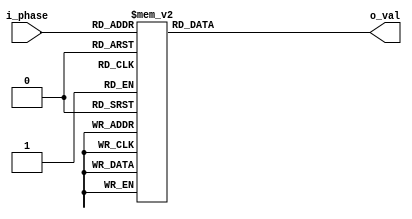
module quarter_sine_lut(input[8:0] i_phase,
								output reg signed[15:0] o_val);
        initial o_val = 16'b0;

		always @(i_phase) begin
			case(i_phase)
                9'h000 	:	o_val <= 16'b0000000000110010;
                9'h001 	:	o_val <= 16'b0000000010010110;
                9'h002 	:	o_val <= 16'b0000000011111011;
                9'h003 	:	o_val <= 16'b0000000101011111;
                9'h004 	:	o_val <= 16'b0000000111000100;
                9'h005 	:	o_val <= 16'b0000001000101000;
                9'h006 	:	o_val <= 16'b0000001010001101;
                9'h007 	:	o_val <= 16'b0000001011110001;
                9'h008 	:	o_val <= 16'b0000001101010110;
                9'h009 	:	o_val <= 16'b0000001110111010;
                9'h00a 	:	o_val <= 16'b0000010000011111;
                9'h00b 	:	o_val <= 16'b0000010010000011;
                9'h00c 	:	o_val <= 16'b0000010011101000;
                9'h00d 	:	o_val <= 16'b0000010101001100;
                9'h00e 	:	o_val <= 16'b0000010110110001;
                9'h00f 	:	o_val <= 16'b0000011000010101;
                9'h010 	:	o_val <= 16'b0000011001111010;
                9'h011 	:	o_val <= 16'b0000011011011110;
                9'h012 	:	o_val <= 16'b0000011101000010;
                9'h013 	:	o_val <= 16'b0000011110100111;
                9'h014 	:	o_val <= 16'b0000100000001011;
                9'h015 	:	o_val <= 16'b0000100001101111;
                9'h016 	:	o_val <= 16'b0000100011010100;
                9'h017 	:	o_val <= 16'b0000100100111000;
                9'h018 	:	o_val <= 16'b0000100110011100;
                9'h019 	:	o_val <= 16'b0000101000000000;
                9'h01a 	:	o_val <= 16'b0000101001100101;
                9'h01b 	:	o_val <= 16'b0000101011001001;
                9'h01c 	:	o_val <= 16'b0000101100101101;
                9'h01d 	:	o_val <= 16'b0000101110010001;
                9'h01e 	:	o_val <= 16'b0000101111110101;
                9'h01f 	:	o_val <= 16'b0000110001011001;
                9'h020 	:	o_val <= 16'b0000110010111101;
                9'h021 	:	o_val <= 16'b0000110100100001;
                9'h022 	:	o_val <= 16'b0000110110000101;
                9'h023 	:	o_val <= 16'b0000110111101001;
                9'h024 	:	o_val <= 16'b0000111001001101;
                9'h025 	:	o_val <= 16'b0000111010110001;
                9'h026 	:	o_val <= 16'b0000111100010101;
                9'h027 	:	o_val <= 16'b0000111101111001;
                9'h028 	:	o_val <= 16'b0000111111011101;
                9'h029 	:	o_val <= 16'b0001000001000000;
                9'h02a 	:	o_val <= 16'b0001000010100100;
                9'h02b 	:	o_val <= 16'b0001000100001000;
                9'h02c 	:	o_val <= 16'b0001000101101011;
                9'h02d 	:	o_val <= 16'b0001000111001111;
                9'h02e 	:	o_val <= 16'b0001001000110010;
                9'h02f 	:	o_val <= 16'b0001001010010110;
                9'h030 	:	o_val <= 16'b0001001011111001;
                9'h031 	:	o_val <= 16'b0001001101011101;
                9'h032 	:	o_val <= 16'b0001001111000000;
                9'h033 	:	o_val <= 16'b0001010000100011;
                9'h034 	:	o_val <= 16'b0001010010000111;
                9'h035 	:	o_val <= 16'b0001010011101010;
                9'h036 	:	o_val <= 16'b0001010101001101;
                9'h037 	:	o_val <= 16'b0001010110110000;
                9'h038 	:	o_val <= 16'b0001011000010011;
                9'h039 	:	o_val <= 16'b0001011001110110;
                9'h03a 	:	o_val <= 16'b0001011011011001;
                9'h03b 	:	o_val <= 16'b0001011100111100;
                9'h03c 	:	o_val <= 16'b0001011110011111;
                9'h03d 	:	o_val <= 16'b0001100000000010;
                9'h03e 	:	o_val <= 16'b0001100001100100;
                9'h03f 	:	o_val <= 16'b0001100011000111;
                9'h040 	:	o_val <= 16'b0001100100101010;
                9'h041 	:	o_val <= 16'b0001100110001100;
                9'h042 	:	o_val <= 16'b0001100111101111;
                9'h043 	:	o_val <= 16'b0001101001010001;
                9'h044 	:	o_val <= 16'b0001101010110011;
                9'h045 	:	o_val <= 16'b0001101100010110;
                9'h046 	:	o_val <= 16'b0001101101111000;
                9'h047 	:	o_val <= 16'b0001101111011010;
                9'h048 	:	o_val <= 16'b0001110000111100;
                9'h049 	:	o_val <= 16'b0001110010011110;
                9'h04a 	:	o_val <= 16'b0001110100000000;
                9'h04b 	:	o_val <= 16'b0001110101100010;
                9'h04c 	:	o_val <= 16'b0001110111000100;
                9'h04d 	:	o_val <= 16'b0001111000100101;
                9'h04e 	:	o_val <= 16'b0001111010000111;
                9'h04f 	:	o_val <= 16'b0001111011101001;
                9'h050 	:	o_val <= 16'b0001111101001010;
                9'h051 	:	o_val <= 16'b0001111110101100;
                9'h052 	:	o_val <= 16'b0010000000001101;
                9'h053 	:	o_val <= 16'b0010000001101110;
                9'h054 	:	o_val <= 16'b0010000011010000;
                9'h055 	:	o_val <= 16'b0010000100110001;
                9'h056 	:	o_val <= 16'b0010000110010010;
                9'h057 	:	o_val <= 16'b0010000111110011;
                9'h058 	:	o_val <= 16'b0010001001010100;
                9'h059 	:	o_val <= 16'b0010001010110100;
                9'h05a 	:	o_val <= 16'b0010001100010101;
                9'h05b 	:	o_val <= 16'b0010001101110110;
                9'h05c 	:	o_val <= 16'b0010001111010110;
                9'h05d 	:	o_val <= 16'b0010010000110111;
                9'h05e 	:	o_val <= 16'b0010010010010111;
                9'h05f 	:	o_val <= 16'b0010010011110111;
                9'h060 	:	o_val <= 16'b0010010101011000;
                9'h061 	:	o_val <= 16'b0010010110111000;
                9'h062 	:	o_val <= 16'b0010011000011000;
                9'h063 	:	o_val <= 16'b0010011001111000;
                9'h064 	:	o_val <= 16'b0010011011011000;
                9'h065 	:	o_val <= 16'b0010011100110111;
                9'h066 	:	o_val <= 16'b0010011110010111;
                9'h067 	:	o_val <= 16'b0010011111110110;
                9'h068 	:	o_val <= 16'b0010100001010110;
                9'h069 	:	o_val <= 16'b0010100010110101;
                9'h06a 	:	o_val <= 16'b0010100100010101;
                9'h06b 	:	o_val <= 16'b0010100101110100;
                9'h06c 	:	o_val <= 16'b0010100111010011;
                9'h06d 	:	o_val <= 16'b0010101000110010;
                9'h06e 	:	o_val <= 16'b0010101010010001;
                9'h06f 	:	o_val <= 16'b0010101011101111;
                9'h070 	:	o_val <= 16'b0010101101001110;
                9'h071 	:	o_val <= 16'b0010101110101101;
                9'h072 	:	o_val <= 16'b0010110000001011;
                9'h073 	:	o_val <= 16'b0010110001101001;
                9'h074 	:	o_val <= 16'b0010110011001000;
                9'h075 	:	o_val <= 16'b0010110100100110;
                9'h076 	:	o_val <= 16'b0010110110000100;
                9'h077 	:	o_val <= 16'b0010110111100010;
                9'h078 	:	o_val <= 16'b0010111000111111;
                9'h079 	:	o_val <= 16'b0010111010011101;
                9'h07a 	:	o_val <= 16'b0010111011111011;
                9'h07b 	:	o_val <= 16'b0010111101011000;
                9'h07c 	:	o_val <= 16'b0010111110110101;
                9'h07d 	:	o_val <= 16'b0011000000010011;
                9'h07e 	:	o_val <= 16'b0011000001110000;
                9'h07f 	:	o_val <= 16'b0011000011001101;
                9'h080 	:	o_val <= 16'b0011000100101010;
                9'h081 	:	o_val <= 16'b0011000110000110;
                9'h082 	:	o_val <= 16'b0011000111100011;
                9'h083 	:	o_val <= 16'b0011001001000000;
                9'h084 	:	o_val <= 16'b0011001010011100;
                9'h085 	:	o_val <= 16'b0011001011111000;
                9'h086 	:	o_val <= 16'b0011001101010100;
                9'h087 	:	o_val <= 16'b0011001110110000;
                9'h088 	:	o_val <= 16'b0011010000001100;
                9'h089 	:	o_val <= 16'b0011010001101000;
                9'h08a 	:	o_val <= 16'b0011010011000100;
                9'h08b 	:	o_val <= 16'b0011010100011111;
                9'h08c 	:	o_val <= 16'b0011010101111011;
                9'h08d 	:	o_val <= 16'b0011010111010110;
                9'h08e 	:	o_val <= 16'b0011011000110001;
                9'h08f 	:	o_val <= 16'b0011011010001100;
                9'h090 	:	o_val <= 16'b0011011011100111;
                9'h091 	:	o_val <= 16'b0011011101000010;
                9'h092 	:	o_val <= 16'b0011011110011100;
                9'h093 	:	o_val <= 16'b0011011111110111;
                9'h094 	:	o_val <= 16'b0011100001010001;
                9'h095 	:	o_val <= 16'b0011100010101011;
                9'h096 	:	o_val <= 16'b0011100100000110;
                9'h097 	:	o_val <= 16'b0011100101011111;
                9'h098 	:	o_val <= 16'b0011100110111001;
                9'h099 	:	o_val <= 16'b0011101000010011;
                9'h09a 	:	o_val <= 16'b0011101001101100;
                9'h09b 	:	o_val <= 16'b0011101011000110;
                9'h09c 	:	o_val <= 16'b0011101100011111;
                9'h09d 	:	o_val <= 16'b0011101101111000;
                9'h09e 	:	o_val <= 16'b0011101111010001;
                9'h09f 	:	o_val <= 16'b0011110000101010;
                9'h0a0 	:	o_val <= 16'b0011110010000011;
                9'h0a1 	:	o_val <= 16'b0011110011011011;
                9'h0a2 	:	o_val <= 16'b0011110100110011;
                9'h0a3 	:	o_val <= 16'b0011110110001100;
                9'h0a4 	:	o_val <= 16'b0011110111100100;
                9'h0a5 	:	o_val <= 16'b0011111000111100;
                9'h0a6 	:	o_val <= 16'b0011111010010011;
                9'h0a7 	:	o_val <= 16'b0011111011101011;
                9'h0a8 	:	o_val <= 16'b0011111101000011;
                9'h0a9 	:	o_val <= 16'b0011111110011010;
                9'h0aa 	:	o_val <= 16'b0011111111110001;
                9'h0ab 	:	o_val <= 16'b0100000001001000;
                9'h0ac 	:	o_val <= 16'b0100000010011111;
                9'h0ad 	:	o_val <= 16'b0100000011110110;
                9'h0ae 	:	o_val <= 16'b0100000101001100;
                9'h0af 	:	o_val <= 16'b0100000110100010;
                9'h0b0 	:	o_val <= 16'b0100000111111001;
                9'h0b1 	:	o_val <= 16'b0100001001001111;
                9'h0b2 	:	o_val <= 16'b0100001010100101;
                9'h0b3 	:	o_val <= 16'b0100001011111010;
                9'h0b4 	:	o_val <= 16'b0100001101010000;
                9'h0b5 	:	o_val <= 16'b0100001110100101;
                9'h0b6 	:	o_val <= 16'b0100001111111011;
                9'h0b7 	:	o_val <= 16'b0100010001010000;
                9'h0b8 	:	o_val <= 16'b0100010010100101;
                9'h0b9 	:	o_val <= 16'b0100010011111010;
                9'h0ba 	:	o_val <= 16'b0100010101001110;
                9'h0bb 	:	o_val <= 16'b0100010110100011;
                9'h0bc 	:	o_val <= 16'b0100010111110111;
                9'h0bd 	:	o_val <= 16'b0100011001001011;
                9'h0be 	:	o_val <= 16'b0100011010011111;
                9'h0bf 	:	o_val <= 16'b0100011011110011;
                9'h0c0 	:	o_val <= 16'b0100011101000110;
                9'h0c1 	:	o_val <= 16'b0100011110011010;
                9'h0c2 	:	o_val <= 16'b0100011111101101;
                9'h0c3 	:	o_val <= 16'b0100100001000000;
                9'h0c4 	:	o_val <= 16'b0100100010010011;
                9'h0c5 	:	o_val <= 16'b0100100011100110;
                9'h0c6 	:	o_val <= 16'b0100100100111000;
                9'h0c7 	:	o_val <= 16'b0100100110001010;
                9'h0c8 	:	o_val <= 16'b0100100111011101;
                9'h0c9 	:	o_val <= 16'b0100101000101111;
                9'h0ca 	:	o_val <= 16'b0100101010000001;
                9'h0cb 	:	o_val <= 16'b0100101011010010;
                9'h0cc 	:	o_val <= 16'b0100101100100100;
                9'h0cd 	:	o_val <= 16'b0100101101110101;
                9'h0ce 	:	o_val <= 16'b0100101111000110;
                9'h0cf 	:	o_val <= 16'b0100110000010111;
                9'h0d0 	:	o_val <= 16'b0100110001101000;
                9'h0d1 	:	o_val <= 16'b0100110010111000;
                9'h0d2 	:	o_val <= 16'b0100110100001001;
                9'h0d3 	:	o_val <= 16'b0100110101011001;
                9'h0d4 	:	o_val <= 16'b0100110110101001;
                9'h0d5 	:	o_val <= 16'b0100110111111001;
                9'h0d6 	:	o_val <= 16'b0100111001001000;
                9'h0d7 	:	o_val <= 16'b0100111010011000;
                9'h0d8 	:	o_val <= 16'b0100111011100111;
                9'h0d9 	:	o_val <= 16'b0100111100110110;
                9'h0da 	:	o_val <= 16'b0100111110000101;
                9'h0db 	:	o_val <= 16'b0100111111010100;
                9'h0dc 	:	o_val <= 16'b0101000000100010;
                9'h0dd 	:	o_val <= 16'b0101000001110000;
                9'h0de 	:	o_val <= 16'b0101000010111111;
                9'h0df 	:	o_val <= 16'b0101000100001100;
                9'h0e0 	:	o_val <= 16'b0101000101011010;
                9'h0e1 	:	o_val <= 16'b0101000110101000;
                9'h0e2 	:	o_val <= 16'b0101000111110101;
                9'h0e3 	:	o_val <= 16'b0101001001000010;
                9'h0e4 	:	o_val <= 16'b0101001010001111;
                9'h0e5 	:	o_val <= 16'b0101001011011100;
                9'h0e6 	:	o_val <= 16'b0101001100101000;
                9'h0e7 	:	o_val <= 16'b0101001101110101;
                9'h0e8 	:	o_val <= 16'b0101001111000001;
                9'h0e9 	:	o_val <= 16'b0101010000001101;
                9'h0ea 	:	o_val <= 16'b0101010001011000;
                9'h0eb 	:	o_val <= 16'b0101010010100100;
                9'h0ec 	:	o_val <= 16'b0101010011101111;
                9'h0ed 	:	o_val <= 16'b0101010100111010;
                9'h0ee 	:	o_val <= 16'b0101010110000101;
                9'h0ef 	:	o_val <= 16'b0101010111010000;
                9'h0f0 	:	o_val <= 16'b0101011000011010;
                9'h0f1 	:	o_val <= 16'b0101011001100101;
                9'h0f2 	:	o_val <= 16'b0101011010101111;
                9'h0f3 	:	o_val <= 16'b0101011011111001;
                9'h0f4 	:	o_val <= 16'b0101011101000010;
                9'h0f5 	:	o_val <= 16'b0101011110001100;
                9'h0f6 	:	o_val <= 16'b0101011111010101;
                9'h0f7 	:	o_val <= 16'b0101100000011110;
                9'h0f8 	:	o_val <= 16'b0101100001100111;
                9'h0f9 	:	o_val <= 16'b0101100010101111;
                9'h0fa 	:	o_val <= 16'b0101100011111000;
                9'h0fb 	:	o_val <= 16'b0101100101000000;
                9'h0fc 	:	o_val <= 16'b0101100110001000;
                9'h0fd 	:	o_val <= 16'b0101100111010000;
                9'h0fe 	:	o_val <= 16'b0101101000010111;
                9'h0ff 	:	o_val <= 16'b0101101001011110;
                9'h100 	:	o_val <= 16'b0101101010100101;
                9'h101 	:	o_val <= 16'b0101101011101100;
                9'h102 	:	o_val <= 16'b0101101100110011;
                9'h103 	:	o_val <= 16'b0101101101111001;
                9'h104 	:	o_val <= 16'b0101101111000000;
                9'h105 	:	o_val <= 16'b0101110000000110;
                9'h106 	:	o_val <= 16'b0101110001001011;
                9'h107 	:	o_val <= 16'b0101110010010001;
                9'h108 	:	o_val <= 16'b0101110011010110;
                9'h109 	:	o_val <= 16'b0101110100011011;
                9'h10a 	:	o_val <= 16'b0101110101100000;
                9'h10b 	:	o_val <= 16'b0101110110100101;
                9'h10c 	:	o_val <= 16'b0101110111101001;
                9'h10d 	:	o_val <= 16'b0101111000101101;
                9'h10e 	:	o_val <= 16'b0101111001110001;
                9'h10f 	:	o_val <= 16'b0101111010110101;
                9'h110 	:	o_val <= 16'b0101111011111001;
                9'h111 	:	o_val <= 16'b0101111100111100;
                9'h112 	:	o_val <= 16'b0101111101111111;
                9'h113 	:	o_val <= 16'b0101111111000010;
                9'h114 	:	o_val <= 16'b0110000000000100;
                9'h115 	:	o_val <= 16'b0110000001000111;
                9'h116 	:	o_val <= 16'b0110000010001001;
                9'h117 	:	o_val <= 16'b0110000011001011;
                9'h118 	:	o_val <= 16'b0110000100001101;
                9'h119 	:	o_val <= 16'b0110000101001110;
                9'h11a 	:	o_val <= 16'b0110000110001111;
                9'h11b 	:	o_val <= 16'b0110000111010000;
                9'h11c 	:	o_val <= 16'b0110001000010001;
                9'h11d 	:	o_val <= 16'b0110001001010001;
                9'h11e 	:	o_val <= 16'b0110001010010010;
                9'h11f 	:	o_val <= 16'b0110001011010010;
                9'h120 	:	o_val <= 16'b0110001100010001;
                9'h121 	:	o_val <= 16'b0110001101010001;
                9'h122 	:	o_val <= 16'b0110001110010000;
                9'h123 	:	o_val <= 16'b0110001111001111;
                9'h124 	:	o_val <= 16'b0110010000001110;
                9'h125 	:	o_val <= 16'b0110010001001101;
                9'h126 	:	o_val <= 16'b0110010010001011;
                9'h127 	:	o_val <= 16'b0110010011001001;
                9'h128 	:	o_val <= 16'b0110010100000111;
                9'h129 	:	o_val <= 16'b0110010101000101;
                9'h12a 	:	o_val <= 16'b0110010110000010;
                9'h12b 	:	o_val <= 16'b0110010110111111;
                9'h12c 	:	o_val <= 16'b0110010111111100;
                9'h12d 	:	o_val <= 16'b0110011000111001;
                9'h12e 	:	o_val <= 16'b0110011001110101;
                9'h12f 	:	o_val <= 16'b0110011010110001;
                9'h130 	:	o_val <= 16'b0110011011101101;
                9'h131 	:	o_val <= 16'b0110011100101001;
                9'h132 	:	o_val <= 16'b0110011101100100;
                9'h133 	:	o_val <= 16'b0110011110011111;
                9'h134 	:	o_val <= 16'b0110011111011010;
                9'h135 	:	o_val <= 16'b0110100000010101;
                9'h136 	:	o_val <= 16'b0110100001001111;
                9'h137 	:	o_val <= 16'b0110100010001001;
                9'h138 	:	o_val <= 16'b0110100011000011;
                9'h139 	:	o_val <= 16'b0110100011111101;
                9'h13a 	:	o_val <= 16'b0110100100110110;
                9'h13b 	:	o_val <= 16'b0110100101101111;
                9'h13c 	:	o_val <= 16'b0110100110101000;
                9'h13d 	:	o_val <= 16'b0110100111100001;
                9'h13e 	:	o_val <= 16'b0110101000011001;
                9'h13f 	:	o_val <= 16'b0110101001010001;
                9'h140 	:	o_val <= 16'b0110101010001001;
                9'h141 	:	o_val <= 16'b0110101011000001;
                9'h142 	:	o_val <= 16'b0110101011111000;
                9'h143 	:	o_val <= 16'b0110101100101111;
                9'h144 	:	o_val <= 16'b0110101101100110;
                9'h145 	:	o_val <= 16'b0110101110011100;
                9'h146 	:	o_val <= 16'b0110101111010011;
                9'h147 	:	o_val <= 16'b0110110000001001;
                9'h148 	:	o_val <= 16'b0110110000111111;
                9'h149 	:	o_val <= 16'b0110110001110100;
                9'h14a 	:	o_val <= 16'b0110110010101001;
                9'h14b 	:	o_val <= 16'b0110110011011110;
                9'h14c 	:	o_val <= 16'b0110110100010011;
                9'h14d 	:	o_val <= 16'b0110110101001000;
                9'h14e 	:	o_val <= 16'b0110110101111100;
                9'h14f 	:	o_val <= 16'b0110110110110000;
                9'h150 	:	o_val <= 16'b0110110111100011;
                9'h151 	:	o_val <= 16'b0110111000010111;
                9'h152 	:	o_val <= 16'b0110111001001010;
                9'h153 	:	o_val <= 16'b0110111001111101;
                9'h154 	:	o_val <= 16'b0110111010101111;
                9'h155 	:	o_val <= 16'b0110111011100010;
                9'h156 	:	o_val <= 16'b0110111100010100;
                9'h157 	:	o_val <= 16'b0110111101000110;
                9'h158 	:	o_val <= 16'b0110111101110111;
                9'h159 	:	o_val <= 16'b0110111110101001;
                9'h15a 	:	o_val <= 16'b0110111111011010;
                9'h15b 	:	o_val <= 16'b0111000000001010;
                9'h15c 	:	o_val <= 16'b0111000000111011;
                9'h15d 	:	o_val <= 16'b0111000001101011;
                9'h15e 	:	o_val <= 16'b0111000010011011;
                9'h15f 	:	o_val <= 16'b0111000011001011;
                9'h160 	:	o_val <= 16'b0111000011111010;
                9'h161 	:	o_val <= 16'b0111000100101001;
                9'h162 	:	o_val <= 16'b0111000101011000;
                9'h163 	:	o_val <= 16'b0111000110000110;
                9'h164 	:	o_val <= 16'b0111000110110101;
                9'h165 	:	o_val <= 16'b0111000111100011;
                9'h166 	:	o_val <= 16'b0111001000010001;
                9'h167 	:	o_val <= 16'b0111001000111110;
                9'h168 	:	o_val <= 16'b0111001001101011;
                9'h169 	:	o_val <= 16'b0111001010011000;
                9'h16a 	:	o_val <= 16'b0111001011000101;
                9'h16b 	:	o_val <= 16'b0111001011110001;
                9'h16c 	:	o_val <= 16'b0111001100011101;
                9'h16d 	:	o_val <= 16'b0111001101001001;
                9'h16e 	:	o_val <= 16'b0111001101110101;
                9'h16f 	:	o_val <= 16'b0111001110100000;
                9'h170 	:	o_val <= 16'b0111001111001011;
                9'h171 	:	o_val <= 16'b0111001111110110;
                9'h172 	:	o_val <= 16'b0111010000100000;
                9'h173 	:	o_val <= 16'b0111010001001010;
                9'h174 	:	o_val <= 16'b0111010001110100;
                9'h175 	:	o_val <= 16'b0111010010011110;
                9'h176 	:	o_val <= 16'b0111010011000111;
                9'h177 	:	o_val <= 16'b0111010011110000;
                9'h178 	:	o_val <= 16'b0111010100011001;
                9'h179 	:	o_val <= 16'b0111010101000001;
                9'h17a 	:	o_val <= 16'b0111010101101001;
                9'h17b 	:	o_val <= 16'b0111010110010001;
                9'h17c 	:	o_val <= 16'b0111010110111001;
                9'h17d 	:	o_val <= 16'b0111010111100000;
                9'h17e 	:	o_val <= 16'b0111011000000111;
                9'h17f 	:	o_val <= 16'b0111011000101110;
                9'h180 	:	o_val <= 16'b0111011001010100;
                9'h181 	:	o_val <= 16'b0111011001111011;
                9'h182 	:	o_val <= 16'b0111011010100000;
                9'h183 	:	o_val <= 16'b0111011011000110;
                9'h184 	:	o_val <= 16'b0111011011101011;
                9'h185 	:	o_val <= 16'b0111011100010000;
                9'h186 	:	o_val <= 16'b0111011100110101;
                9'h187 	:	o_val <= 16'b0111011101011010;
                9'h188 	:	o_val <= 16'b0111011101111110;
                9'h189 	:	o_val <= 16'b0111011110100010;
                9'h18a 	:	o_val <= 16'b0111011111000101;
                9'h18b 	:	o_val <= 16'b0111011111101001;
                9'h18c 	:	o_val <= 16'b0111100000001100;
                9'h18d 	:	o_val <= 16'b0111100000101110;
                9'h18e 	:	o_val <= 16'b0111100001010001;
                9'h18f 	:	o_val <= 16'b0111100001110011;
                9'h190 	:	o_val <= 16'b0111100010010101;
                9'h191 	:	o_val <= 16'b0111100010110110;
                9'h192 	:	o_val <= 16'b0111100011011000;
                9'h193 	:	o_val <= 16'b0111100011111001;
                9'h194 	:	o_val <= 16'b0111100100011001;
                9'h195 	:	o_val <= 16'b0111100100111010;
                9'h196 	:	o_val <= 16'b0111100101011010;
                9'h197 	:	o_val <= 16'b0111100101111010;
                9'h198 	:	o_val <= 16'b0111100110011001;
                9'h199 	:	o_val <= 16'b0111100110111001;
                9'h19a 	:	o_val <= 16'b0111100111011000;
                9'h19b 	:	o_val <= 16'b0111100111110110;
                9'h19c 	:	o_val <= 16'b0111101000010101;
                9'h19d 	:	o_val <= 16'b0111101000110011;
                9'h19e 	:	o_val <= 16'b0111101001010000;
                9'h19f 	:	o_val <= 16'b0111101001101110;
                9'h1a0 	:	o_val <= 16'b0111101010001011;
                9'h1a1 	:	o_val <= 16'b0111101010101000;
                9'h1a2 	:	o_val <= 16'b0111101011000101;
                9'h1a3 	:	o_val <= 16'b0111101011100001;
                9'h1a4 	:	o_val <= 16'b0111101011111101;
                9'h1a5 	:	o_val <= 16'b0111101100011001;
                9'h1a6 	:	o_val <= 16'b0111101100110100;
                9'h1a7 	:	o_val <= 16'b0111101101001111;
                9'h1a8 	:	o_val <= 16'b0111101101101010;
                9'h1a9 	:	o_val <= 16'b0111101110000100;
                9'h1aa 	:	o_val <= 16'b0111101110011111;
                9'h1ab 	:	o_val <= 16'b0111101110111001;
                9'h1ac 	:	o_val <= 16'b0111101111010010;
                9'h1ad 	:	o_val <= 16'b0111101111101011;
                9'h1ae 	:	o_val <= 16'b0111110000000101;
                9'h1af 	:	o_val <= 16'b0111110000011101;
                9'h1b0 	:	o_val <= 16'b0111110000110110;
                9'h1b1 	:	o_val <= 16'b0111110001001110;
                9'h1b2 	:	o_val <= 16'b0111110001100110;
                9'h1b3 	:	o_val <= 16'b0111110001111101;
                9'h1b4 	:	o_val <= 16'b0111110010010100;
                9'h1b5 	:	o_val <= 16'b0111110010101011;
                9'h1b6 	:	o_val <= 16'b0111110011000010;
                9'h1b7 	:	o_val <= 16'b0111110011011000;
                9'h1b8 	:	o_val <= 16'b0111110011101110;
                9'h1b9 	:	o_val <= 16'b0111110100000100;
                9'h1ba 	:	o_val <= 16'b0111110100011001;
                9'h1bb 	:	o_val <= 16'b0111110100101111;
                9'h1bc 	:	o_val <= 16'b0111110101000011;
                9'h1bd 	:	o_val <= 16'b0111110101011000;
                9'h1be 	:	o_val <= 16'b0111110101101100;
                9'h1bf 	:	o_val <= 16'b0111110110000000;
                9'h1c0 	:	o_val <= 16'b0111110110010100;
                9'h1c1 	:	o_val <= 16'b0111110110100111;
                9'h1c2 	:	o_val <= 16'b0111110110111010;
                9'h1c3 	:	o_val <= 16'b0111110111001101;
                9'h1c4 	:	o_val <= 16'b0111110111011111;
                9'h1c5 	:	o_val <= 16'b0111110111110001;
                9'h1c6 	:	o_val <= 16'b0111111000000011;
                9'h1c7 	:	o_val <= 16'b0111111000010100;
                9'h1c8 	:	o_val <= 16'b0111111000100110;
                9'h1c9 	:	o_val <= 16'b0111111000110111;
                9'h1ca 	:	o_val <= 16'b0111111001000111;
                9'h1cb 	:	o_val <= 16'b0111111001010111;
                9'h1cc 	:	o_val <= 16'b0111111001100111;
                9'h1cd 	:	o_val <= 16'b0111111001110111;
                9'h1ce 	:	o_val <= 16'b0111111010000110;
                9'h1cf 	:	o_val <= 16'b0111111010010101;
                9'h1d0 	:	o_val <= 16'b0111111010100100;
                9'h1d1 	:	o_val <= 16'b0111111010110011;
                9'h1d2 	:	o_val <= 16'b0111111011000001;
                9'h1d3 	:	o_val <= 16'b0111111011001111;
                9'h1d4 	:	o_val <= 16'b0111111011011100;
                9'h1d5 	:	o_val <= 16'b0111111011101001;
                9'h1d6 	:	o_val <= 16'b0111111011110110;
                9'h1d7 	:	o_val <= 16'b0111111100000011;
                9'h1d8 	:	o_val <= 16'b0111111100001111;
                9'h1d9 	:	o_val <= 16'b0111111100011011;
                9'h1da 	:	o_val <= 16'b0111111100100111;
                9'h1db 	:	o_val <= 16'b0111111100110010;
                9'h1dc 	:	o_val <= 16'b0111111100111101;
                9'h1dd 	:	o_val <= 16'b0111111101001000;
                9'h1de 	:	o_val <= 16'b0111111101010011;
                9'h1df 	:	o_val <= 16'b0111111101011101;
                9'h1e0 	:	o_val <= 16'b0111111101100111;
                9'h1e1 	:	o_val <= 16'b0111111101110000;
                9'h1e2 	:	o_val <= 16'b0111111101111001;
                9'h1e3 	:	o_val <= 16'b0111111110000010;
                9'h1e4 	:	o_val <= 16'b0111111110001011;
                9'h1e5 	:	o_val <= 16'b0111111110010011;
                9'h1e6 	:	o_val <= 16'b0111111110011011;
                9'h1e7 	:	o_val <= 16'b0111111110100011;
                9'h1e8 	:	o_val <= 16'b0111111110101010;
                9'h1e9 	:	o_val <= 16'b0111111110110001;
                9'h1ea 	:	o_val <= 16'b0111111110111000;
                9'h1eb 	:	o_val <= 16'b0111111110111111;
                9'h1ec 	:	o_val <= 16'b0111111111000101;
                9'h1ed 	:	o_val <= 16'b0111111111001011;
                9'h1ee 	:	o_val <= 16'b0111111111010000;
                9'h1ef 	:	o_val <= 16'b0111111111010110;
                9'h1f0 	:	o_val <= 16'b0111111111011010;
                9'h1f1 	:	o_val <= 16'b0111111111011111;
                9'h1f2 	:	o_val <= 16'b0111111111100011;
                9'h1f3 	:	o_val <= 16'b0111111111100111;
                9'h1f4 	:	o_val <= 16'b0111111111101011;
                9'h1f5 	:	o_val <= 16'b0111111111101110;
                9'h1f6 	:	o_val <= 16'b0111111111110010;
                9'h1f7 	:	o_val <= 16'b0111111111110100;
                9'h1f8 	:	o_val <= 16'b0111111111110111;
                9'h1f9 	:	o_val <= 16'b0111111111111001;
                9'h1fa 	:	o_val <= 16'b0111111111111011;
                9'h1fb 	:	o_val <= 16'b0111111111111100;
                9'h1fc 	:	o_val <= 16'b0111111111111110;
                9'h1fd 	:	o_val <= 16'b0111111111111111;
                9'h1fe 	:	o_val <= 16'b0111111111111111;
                9'h1ff 	:	o_val <= 16'b0111111111111111;
				 default		:	o_val <= 16'b0;
			endcase
		end
endmodule